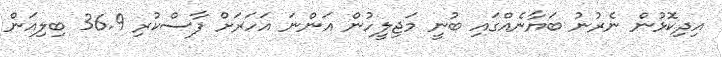
އިދިކޮޅުން ނެރުނު ބަޔާނެއްގައި ބުނީ މަޖިލީހުން އަންނަ އަހަރަށް ފާސްކުރި 36.9 ބިލިއަން